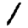
Digit: 1